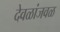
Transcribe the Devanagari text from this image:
देवळांजवळ